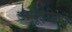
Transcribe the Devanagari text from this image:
अनूझीलों